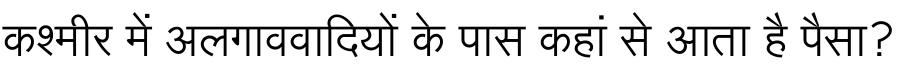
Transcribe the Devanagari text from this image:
कश्मीर में अलगाववादियों के पास कहां से आता है पैसा?